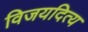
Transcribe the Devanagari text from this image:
विजयदित्य